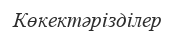
Көкектәрізділер